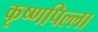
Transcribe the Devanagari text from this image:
कृष्णपिल्ला